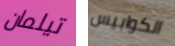
تيلمان الكوابيس